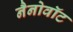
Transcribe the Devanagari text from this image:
नैनोवॉट